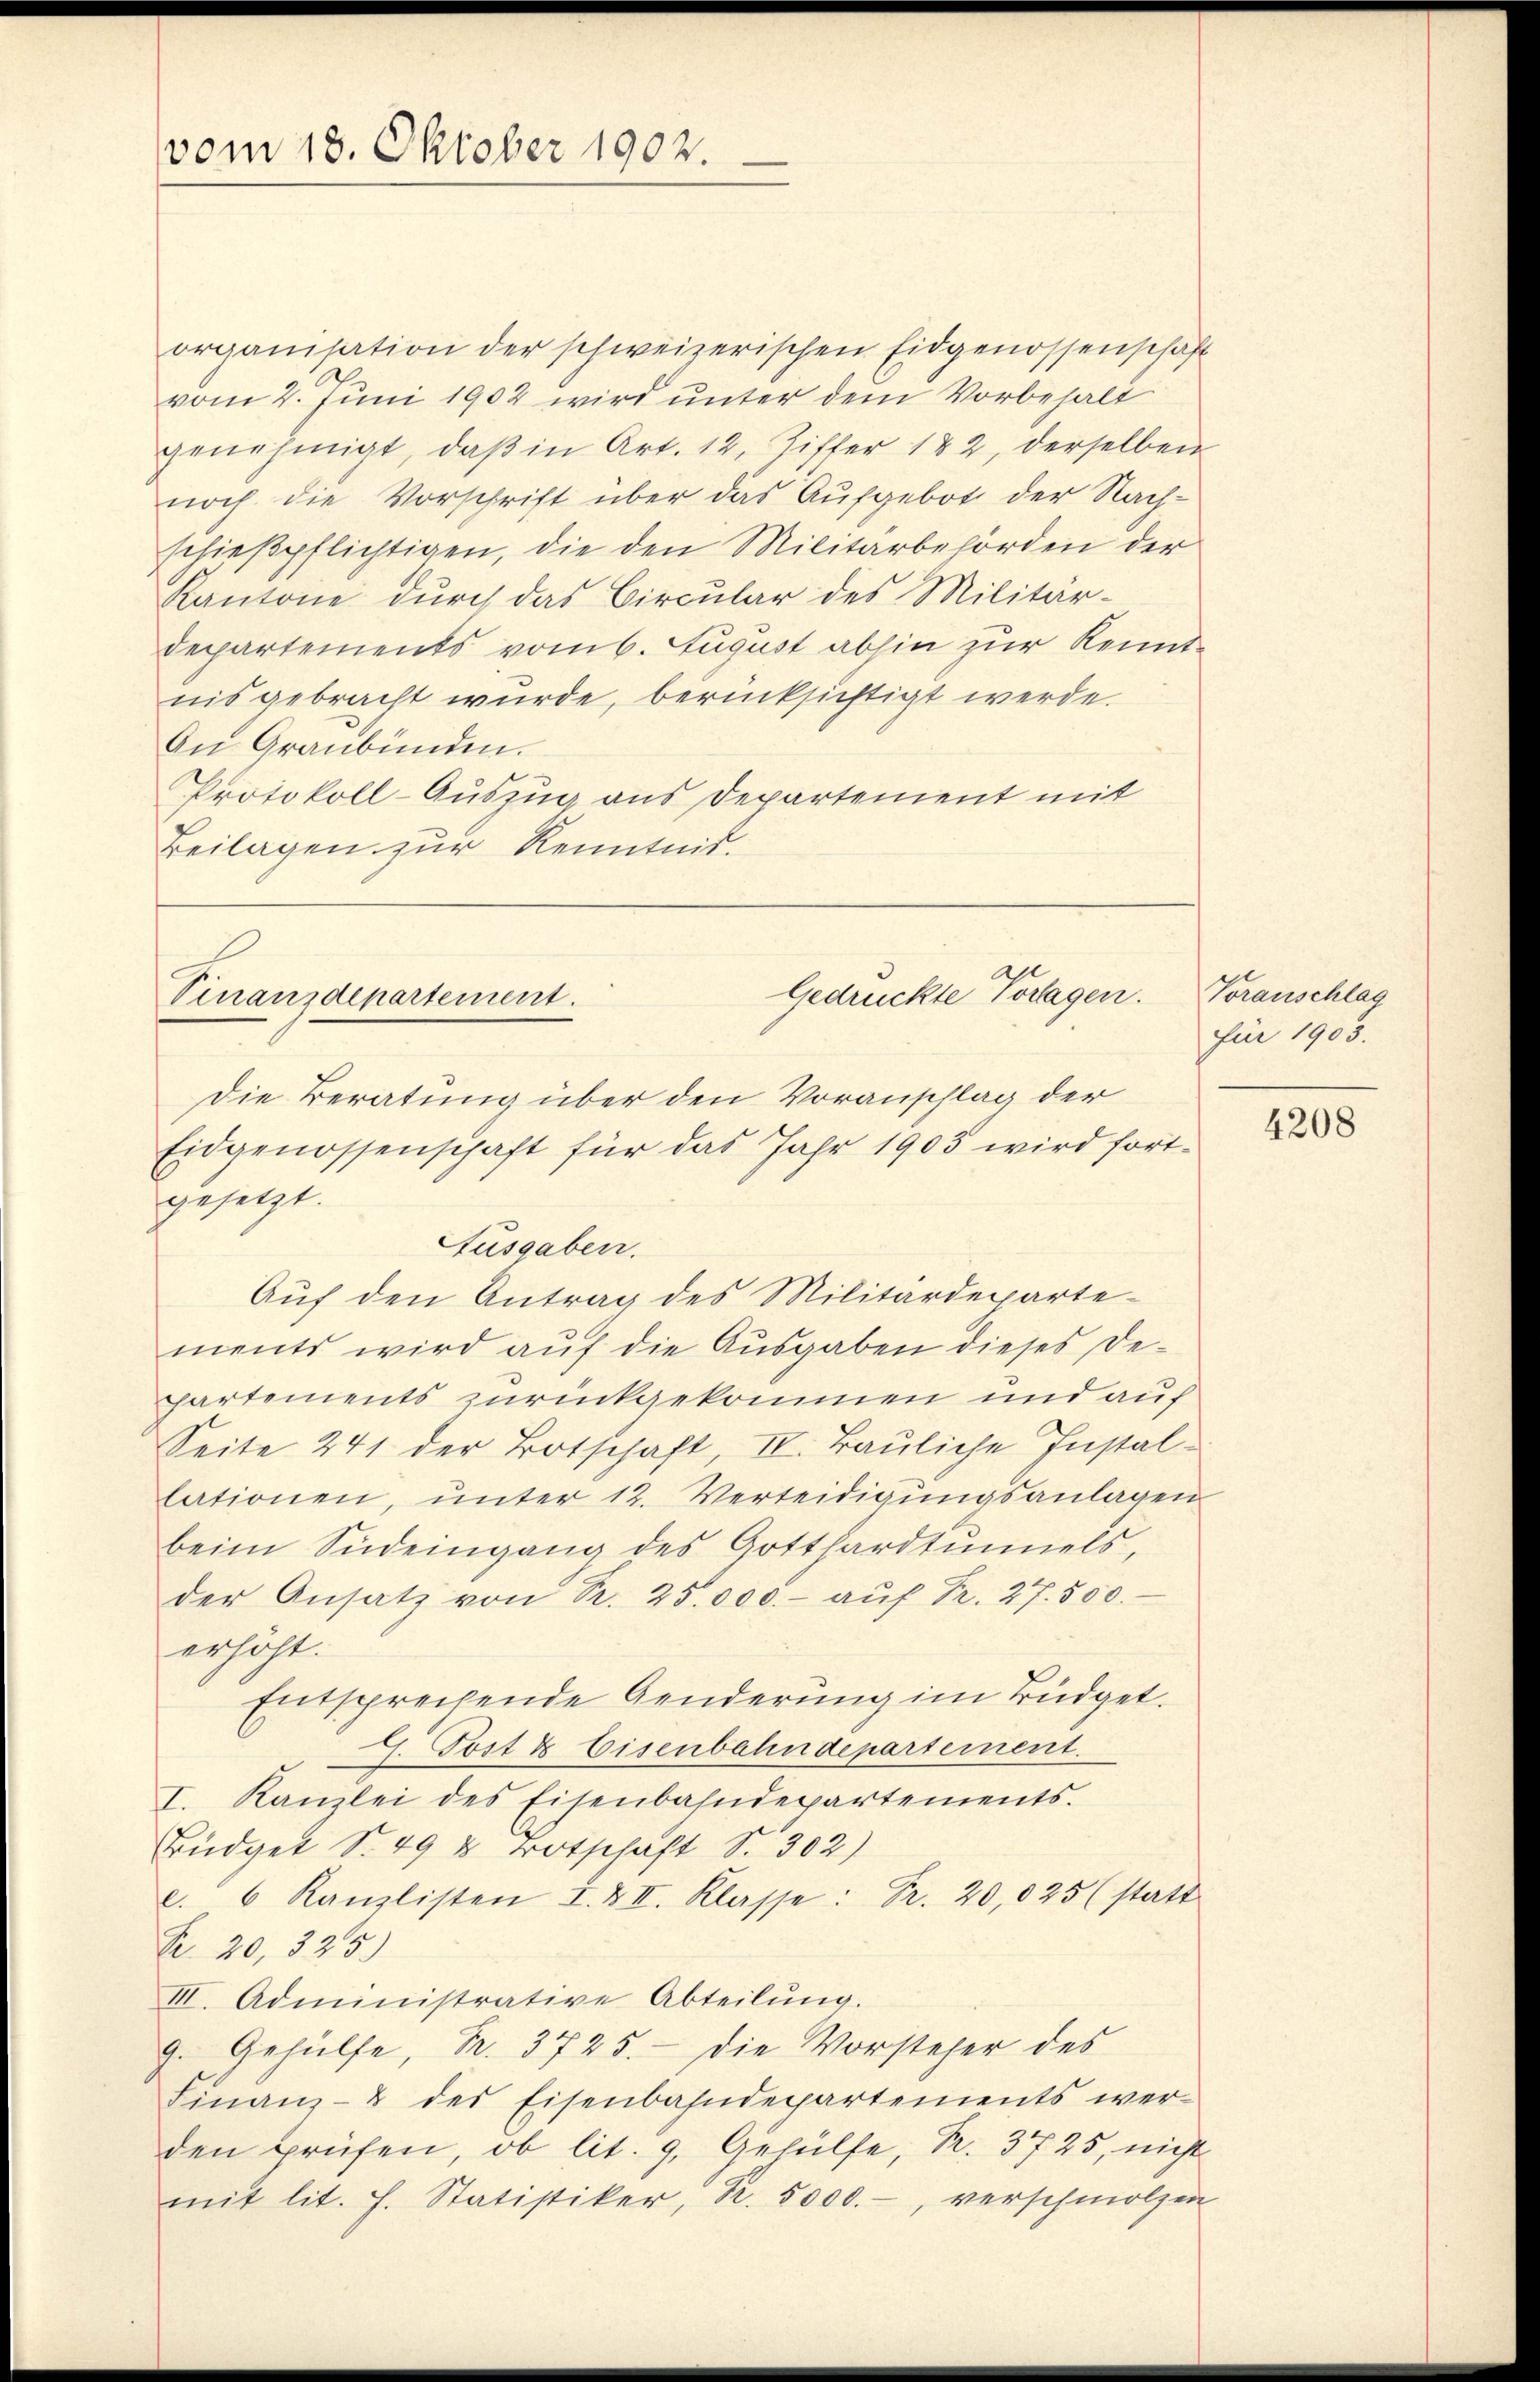
vom 18. Oktober 1902.

organisation der schweizerischen Eidgenossenschaft
vom 2. Juni 1902 wird unter dem Vorbehalt
genehmigt, daβ in Art. 12. Ziffer 182, derselben
noch die Vorschrift über das Aufgebot der Nach-
schieβpflichtigen, die den Militärbehörden der
Kantone durch das Circular des Militär-
departements vom 6. August abhin zur Kenntnis gebracht wurde, berücksichtigt werde.
An Graubünden.
Protokoll-Auszug aus Departement mit
Beilagen zur Kenntnis.

Gedrückte Vorlagen.
Finanzdepartement.

Die Beratung über den Voranschlag der
Eidgenossenschaft für das Jahr 1903 wird fortgesetzt.
Ausgaben.
Aŭf den Antrag des Militärdeparte-
ments wird auf die Ausgaben dieses Departements zurückgekommen und auf
Seite 241 der Botschaft, IV. Bauliche Instal-
lationen, unter 12. Verteidigungsanlagen
beim Südeingang des Gotthardtunnels,
der Ansatz von Sr. 25.000.- aŭf Fr. 27. 500.
erhöht.
Entsprechende Genderung im Büdget.
G. Tost & Eisenbahndepartement.
I. Kanzlei des Eisenbahndepartements.
Büdget S. 49 u Totschaft S. 302)
l. 6 Kanzlisten I. & II. Klasse: Fr. 20,025 (statt
Pr. 20, 325)
III. Administrative Abteilŭng.
9. Gehülfe, Nr. 3725. die Vorsteher des
Finanz- & des Eisenbahndepartements wer-
den prüfen, ob lit. 9, Gehülfe, R. 3725, nicht
mit lit. h. Statistiker, R. 5000.-, verschmolzen

Voranschlag
für 1903.

4208